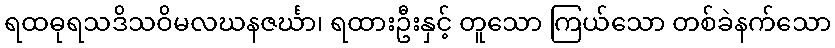
ရထဓုရသဒိသဝိမလဃနဇင်္ဃာ၊ ရထားဦးနှင့် တူသော ကြယ်သော တစ်ခဲနက်သော